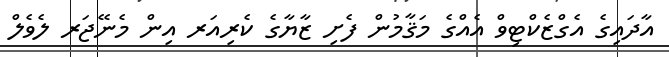
އާދައިގެ އެގްޒެކްޓިވް އެއްގެ މަޤާމުން ފެށި ޒާޔާގެ ކެރިއަރ އިން މެނޭޖަރ ލެވެލް